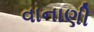
વાનાણી